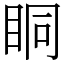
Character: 眮